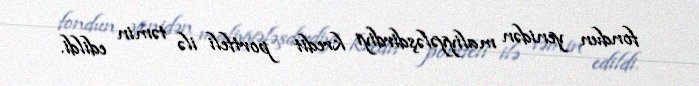
fondun yenidən maliyyələşdirdiyi kredit portfeli ilə təmin edildi.